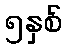
၅နှစ်